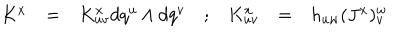
LaTeX: \begin{array} { c c c c c c c } { { K ^ { x } } } & { { = } } & { { K _ { u v } ^ { x } d q ^ { u } \wedge d q ^ { v } } } & { { ; } } & { { K _ { u v } ^ { x } } } & { { = } } & { { h _ { u w } ( J ^ { x } ) _ { v } ^ { w } } } \\ \end{array}